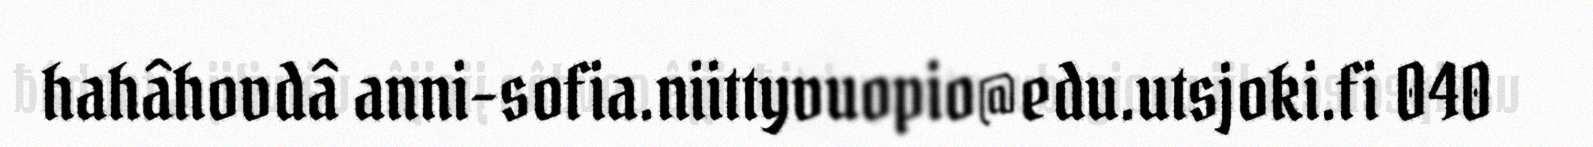
hahâhovdâ anni-sofia.niittyvuopio@edu.utsjoki.fi 040